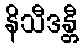
နိသီဒန္တီ